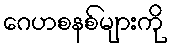
ဂေဟစနစ်များကို